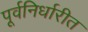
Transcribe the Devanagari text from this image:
पूर्वनिर्धारीत